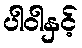
ပါဝါနှင့်